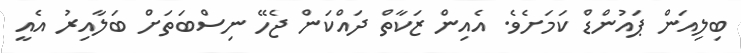
ބިލިއަން ޕައުންޑް ކަމަށެވެ. އެއިން ޒަކާތް ދައްކަން ޖެހޭ ނިސްބަތަށް ބަލާއިރު އެއީ